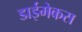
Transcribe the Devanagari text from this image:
डाईमेकस